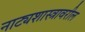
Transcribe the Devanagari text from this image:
नाट्यशास्त्रावरील